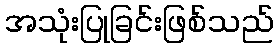
အသုံးပြုခြင်းဖြစ်သည်